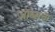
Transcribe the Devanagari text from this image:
जॉब्सचा